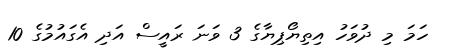
ހަމަ މި ދުވަހު އިތިޔޯޕިޔާގެ 3 ވަނަ ރައީސް އަދި އެގައުމުގެ 10